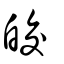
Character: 皎